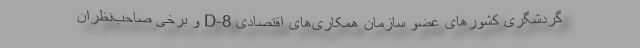
گردشگری کشورهای عضو سازمان همکاری‌های اقتصادی D-8 و برخی صاحب‌نظران